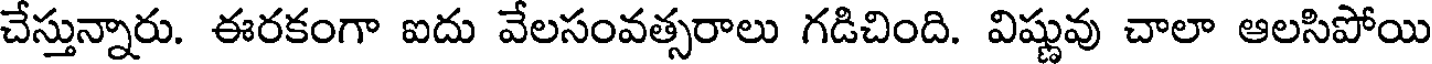
చేస్తున్నారు. ఈరకంగా ఐదు వేలసంవత్సరాలు గడిచింది. విష్ణువు చాలా ఆలసిపోయి